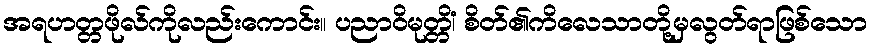
အရဟတ္တဖိုလ်ကိုလည်းကောင်း။ ပညာဝိမုတ္တိံ၊ စိတ်၏ကိလေသာတို့မှလွတ်ရာဖြစ်သော